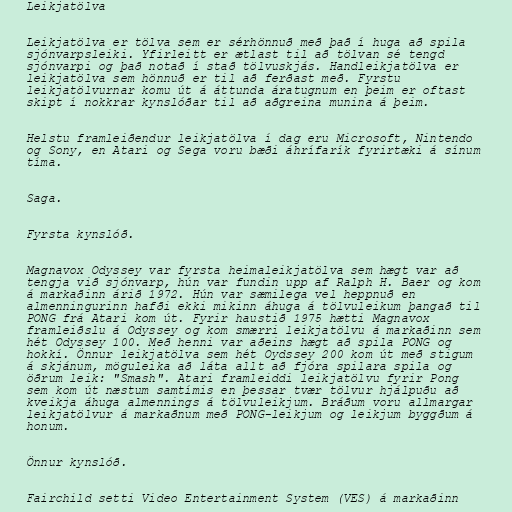
Leikjatölva

Leikjatölva er tölva sem er sérhönnuð með það í huga að spila
sjónvarpsleiki. Yfirleitt er ætlast til að tölvan sé tengd
sjónvarpi og það notað í stað tölvuskjás. Handleikjatölva er
leikjatölva sem hönnuð er til að ferðast með. Fyrstu
leikjatölvurnar komu út á áttunda áratugnum en þeim er oftast
skipt í nokkrar kynslóðar til að aðgreina munina á þeim.

Helstu framleiðendur leikjatölva í dag eru Microsoft, Nintendo
og Sony, en Atari og Sega voru bæði áhrífarík fyrirtæki á sínum
tíma.

Saga.

Fyrsta kynslóð.

Magnavox Odyssey var fyrsta heimaleikjatölva sem hægt var að
tengja við sjónvarp, hún var fundin upp af Ralph H. Baer og kom
á markaðinn árið 1972. Hún var sæmilega vel heppnuð en
almenningurinn hafði ekki mikinn áhuga á tölvuleikum þangað til
PONG frá Atari kom út. Fyrir haustið 1975 hætti Magnavox
framleiðslu á Odyssey og kom smærri leikjatölvu á markaðinn sem
hét Odyssey 100. Með henni var aðeins hægt að spila PONG og
hokkí. Önnur leikjatölva sem hét Oydssey 200 kom út með stigum
á skjánum, möguleika að láta allt að fjóra spilara spila og
öðrum leik: "Smash". Atari framleiddi leikjatölvu fyrir Pong
sem kom út næstum samtímis en þessar tvær tölvur hjálpuðu að
kveikja áhuga almennings á tölvuleikjum. Bráðum voru allmargar
leikjatölvur á markaðnum með PONG-leikjum og leikjum byggðum á
honum.

Önnur kynslóð.

Fairchild setti Video Entertainment System (VES) á markaðinn